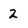
Character: 2